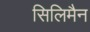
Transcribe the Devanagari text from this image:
सिलिमैन